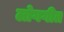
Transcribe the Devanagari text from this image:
लोगगीत